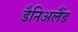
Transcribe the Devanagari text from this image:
डैनिअलैंड